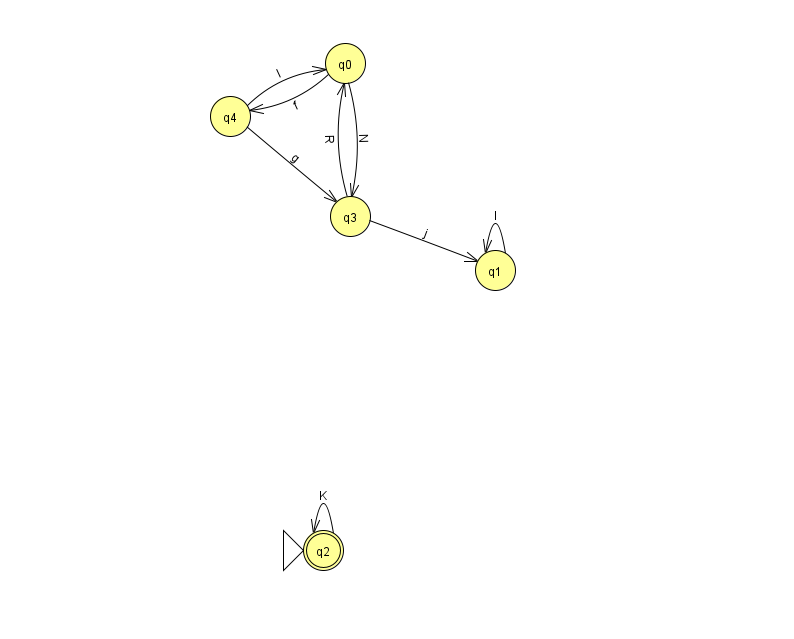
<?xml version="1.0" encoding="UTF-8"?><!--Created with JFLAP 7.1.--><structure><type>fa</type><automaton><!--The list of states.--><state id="0" name="q0"><x>345.0</x><y>50.0</y></state><state id="1" name="q1"><x>495.0</x><y>257.0</y></state><state id="2" name="q2"><x>323.0</x><y>537.0</y><initial/><final/></state><state id="3" name="q3"><x>350.0</x><y>203.0</y></state><state id="4" name="q4"><x>230.0</x><y>103.0</y></state><!--The list of transitions.--><transition><from>3</from><to>1</to><read>j</read></transition><transition><from>0</from><to>3</to><read>N</read></transition><transition><from>0</from><to>4</to><read>f</read></transition><transition><from>1</from><to>1</to><read>I</read></transition><transition><from>4</from><to>3</to><read>g</read></transition><transition><from>2</from><to>2</to><read>K</read></transition><transition><from>3</from><to>0</to><read>R</read></transition><transition><from>4</from><to>0</to><read>l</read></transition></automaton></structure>